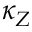
\kappa _ { Z }